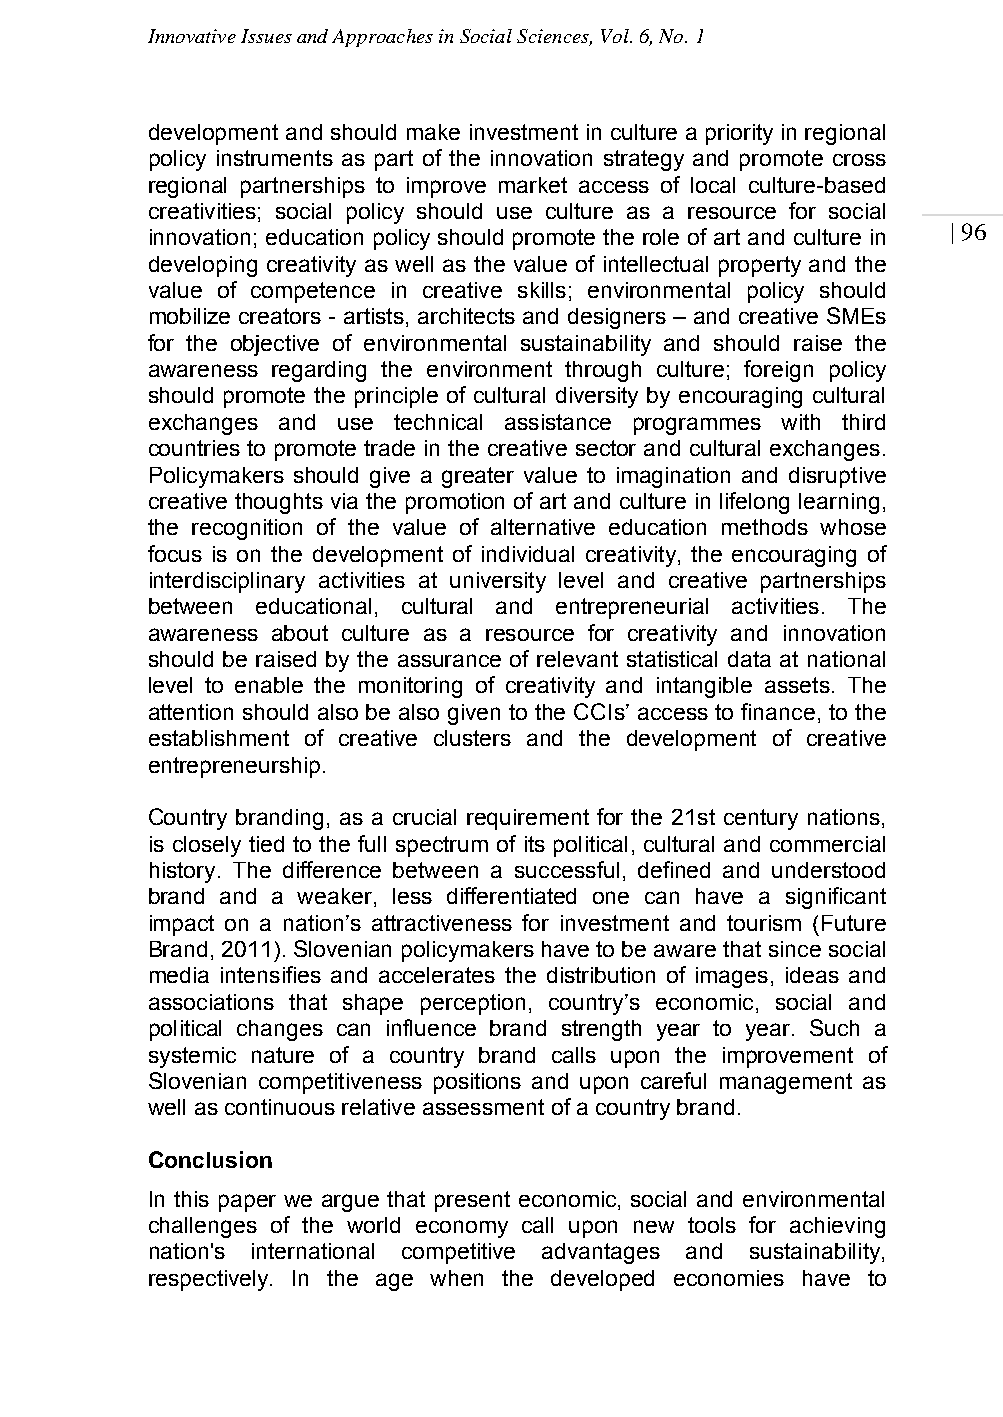
Innovative Issues and Approaches in Social Sciences, Vol. 6, No. 1
 development and should make investment in culture a priority in regional
 policy instruments as part of the innovation strategy and promote cross
 regional partnerships to improve market access of local culture-based
 creativities; social policy should use culture as a resource for social
 | 96
 innovation; education policy should promote the role of art and culture in
 developing creativity as well as the value of intellectual property and the
 value of competence in creative skills; environmental policy should
 mobilize creators - artists, architects and designers – and creative SMEs
 for the objective of environmental sustainability and should raise the
 awareness regarding the environment through culture; foreign policy
 should promote the principle of cultural diversity by encouraging cultural
 exchanges and use technical assistance programmes with third
 countries to promote trade in the creative sector and cultural exchanges.
 Policymakers should give a greater value to imagination and disruptive
 creative thoughts via the promotion of art and culture in lifelong learning,
 the recognition of the value of alternative education methods whose
 focus is on the development of individual creativity, the encouraging of
 interdisciplinary activities at university level and creative partnerships
 between educational, cultural and entrepreneurial activities. The
 awareness about culture as a resource for creativity and innovation
 should be raised by the assurance of relevant statistical data at national
 level to enable the monitoring of creativity and intangible assets. The
 attention should also be also given to the CCIs’ access to finance, to the
 establishment of creative clusters and the development of creative
 entrepreneurship.
 Country branding, as a crucial requirement for the 21st century nations,
 is closely tied to the full spectrum of its political, cultural and commercial
 history. The difference between a successful, defined and understood
 brand and a weaker, less differentiated one can have a significant
 impact on a nation’s attractiveness for investment and tourism (Future
 Brand, 2011). Slovenian policymakers have to be aware that since social
 media intensifies and accelerates the distribution of images, ideas and
 associations that shape perception, country’s economic, social and
 political changes can influence brand strength year to year. Such a
 systemic nature of a country brand calls upon the improvement of
 Slovenian competitiveness positions and upon careful management as
 well as continuous relative assessment of a country brand.
 Conclusion
 In this paper we argue that present economic, social and environmental
 challenges of the world economy call upon new tools for achieving
 nation's international competitive advantages and sustainability,
 respectively. In the age when the developed economies have to